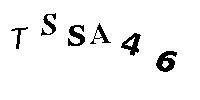
TSSA46